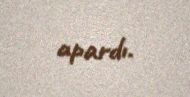
apardı.